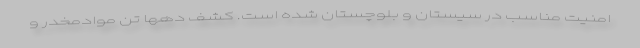
امنیت مناسب در سیستان و بلوچستان شده است. کشف دهها تن موادمخدر و